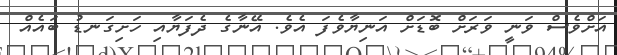
އަށްވެސް ވަނީ ވަރަށް ބޮޑަށް އަނިޔާވެފަ އެވެ. އޭނާގެ ދެފަޔާއި ހަށިގަނޑު ބައެއް